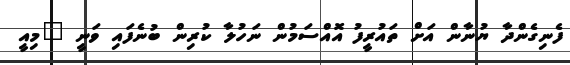
ފެނިގެންދާ ޔުނާން އަށް ތައުރީފު އޮއްސަމުން ނަހުލާ ކުރިން ބުނެފައި ވަނީ "މިއީ